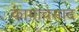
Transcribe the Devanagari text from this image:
कामावसाद